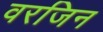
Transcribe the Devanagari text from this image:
वरजिन